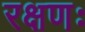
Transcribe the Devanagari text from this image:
रक्षणः